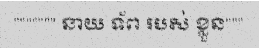
""""""" នាយ ទ័ព របស់ ខ្លួន"""